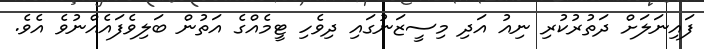
ފައިނަލަށް ދަތުރުކުރި ނިއު އަދި މިސީޒަނުގައި ދިވެހި ޓީމެއްގެ އަތުން ބަލިވެފައެއްނުވެ އެވެ.